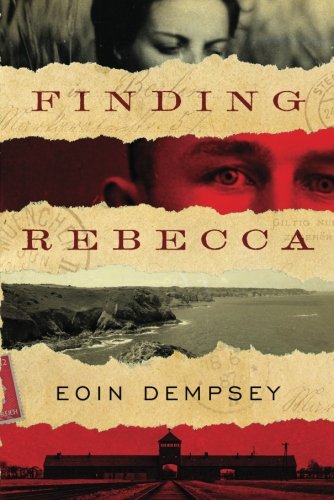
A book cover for Finding Rebecca; Eoin Dempsey; Romance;